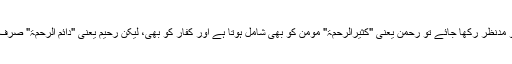
جب ان دو خصوصیات کو مدنظر رکھا جائے تو رحمن یعنی "کثیرالرحمۃ" مومن کو بھی شامل ہوتا ہے اور کفار کو بھی، لیکن رحیم یعنی "دائم الرحمۃ" صرف مومنین سے مختص ہے۔